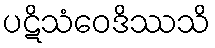
ပဋိသံဝေဒိဿသိ